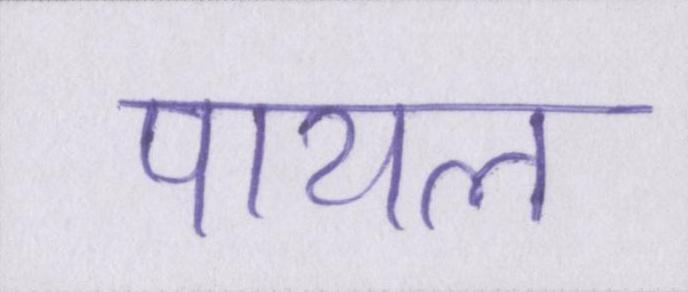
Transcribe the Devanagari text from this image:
पायल